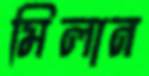
মিলান